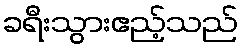
ခရီးသွားဧည့်သည်